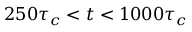
2 5 0 \tau _ { c } < t < 1 0 0 0 \tau _ { c }